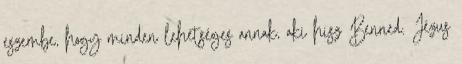
eszembe, hogy minden lehetséges annak, aki hisz Benned. Jézus